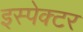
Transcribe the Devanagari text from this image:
इस्पेक्टर